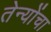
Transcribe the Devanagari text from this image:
तेन्योंचा